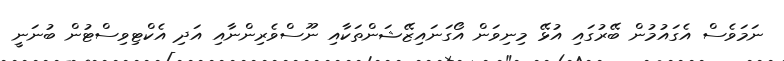
ނަމަވެސް އެގައުމުން ބޭރުގައި އުޅޭ މިނިވަން އޯގަނައިޒޭޝަންތަކާއި ނޫސްވެރިންނާއި އަދި އެކްޓިވިސްޓުން ބުނަނީ